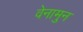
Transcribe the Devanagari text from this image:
वेनामुन